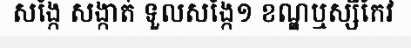
សង្កែ សង្កាត់ ទួលសង្កែ១ ខណ្ឌឬស្សីកែវ